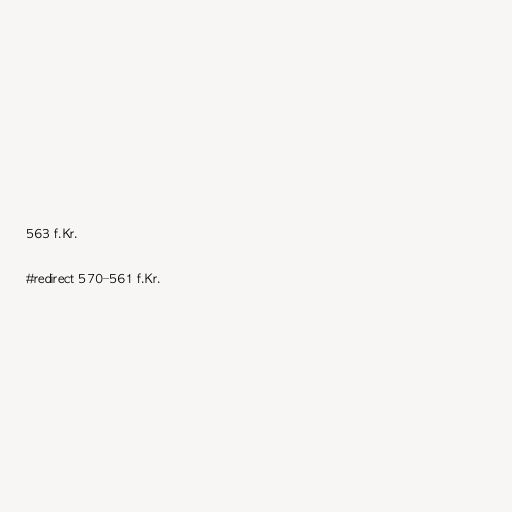
563 f.Kr.

#redirect 570–561 f.Kr.